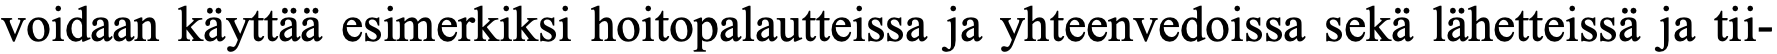
voidaan käyttää esimerkiksi hoitopalautteissa ja yhteenvedoissa sekä lähetteissä ja tii-